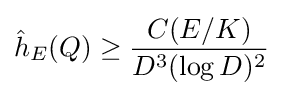
{\hat {h}}_{E}(Q)\geq {\frac {C(E/K)}{D^{3}(\log D)^{2}}}